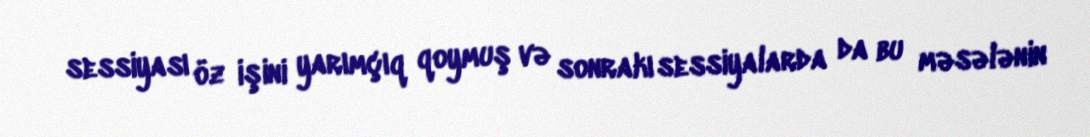
sessiyası öz işini yarımçıq qoymuş və sonrakı sessiyalarda da bu məsələnin